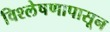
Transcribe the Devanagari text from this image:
विश्लेषणापासून